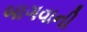
બાગવાની